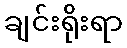
ချင်းရိုးရာ